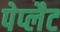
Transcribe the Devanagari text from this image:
पेप्लैट